画像に写った文字を読んでください
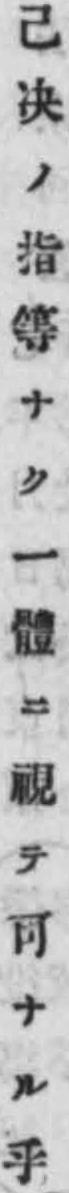
「己决ノ指等ナク一體ニ視テ可ナル乎」と書いてあります